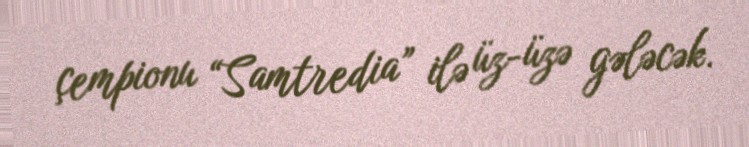
çempionu “Samtredia” ilə üz-üzə gələcək.